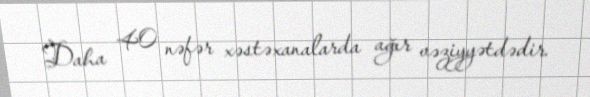
Daha 40 nəfər xəstəxanalarda ağır vəziyyətdədir.